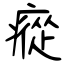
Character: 瘲